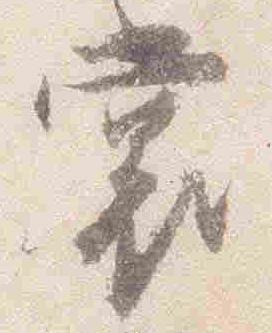
裳